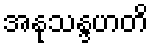
အနုသန္ဒဟတိ